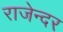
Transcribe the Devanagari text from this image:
राजेन्दर